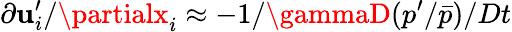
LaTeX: \partial\mathbf{u}_{i}^{\prime}/\partialx_{i}\approx-1/\gammaD(p^{\prime}/\bar{{p}})/Dt